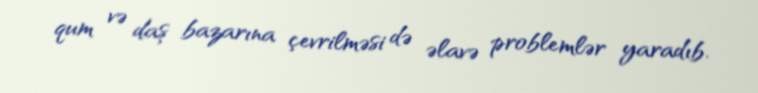
qum və daş bazarına çevrilməsi də əlavə problemlər yaradıb.